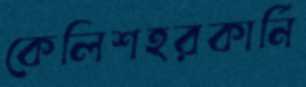
কেলিশহরকার্নি